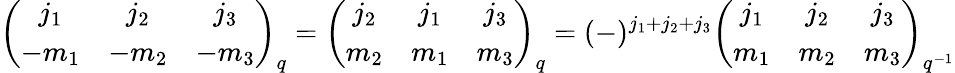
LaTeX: \left(\begin{array}{ccc}{{j_{1}}}&{{j_{2}}}&{{j_{3}}}\\ {{-m_{1}}}&{{-m_{2}}}&{{-m_{3}}}\end{array}\right)_{q}=\left(\begin{array}{ccc}{{j_{2}}}&{{j_{1}}}&{{j_{3}}}\\ {{m_{2}}}&{{m_{1}}}&{{m_{3}}}\end{array}\right)_{q}=(-)^{j_{1}+j_{2}+j_{3}}\left(\begin{array}{ccc}{{j_{1}}}&{{j_{2}}}&{{j_{3}}}\\ {{m_{1}}}&{{m_{2}}}&{{m_{3}}}\end{array}\right)_{q^{-1}}